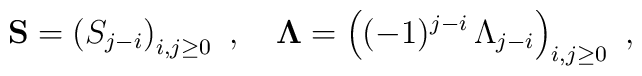
{\bf S} = \left( S_{j-i} \right)_{i,j\geq 0}\ ,\quad{\bf \Lambda} = \left( (-1)^{j-i}\,\Lambda_{j-i} \right)_{i,j\geq 0}\ ,